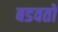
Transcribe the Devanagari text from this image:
बडवतो